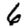
Digit: 6